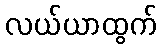
လယ်ယာထွက်